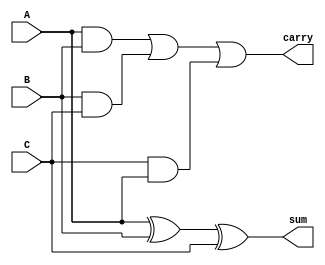
module fulladder(A, B, C, sum, carry);
	input A, B;
	input C;
	output sum, carry;
	assign sum = (A^B)^C;
	assign carry = (A&B)|(B&C)|(C&A);
endmodule